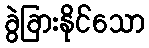
ခွဲခြားနိုင်သော